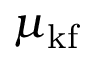
\mu _ { \mathrm { k f } }